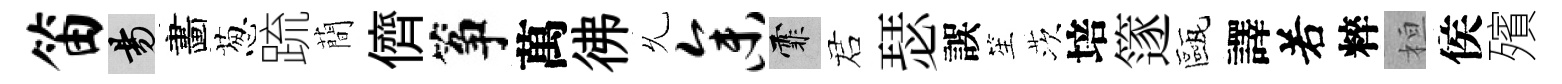
笛昜畵葱䟽蕳儕筝萬彿𠃔参霏诺瑟誤笙茨培篴甌譯𠰥粹桓侯殯